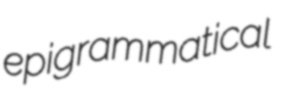
epigrammatical